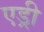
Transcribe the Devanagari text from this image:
एड्री